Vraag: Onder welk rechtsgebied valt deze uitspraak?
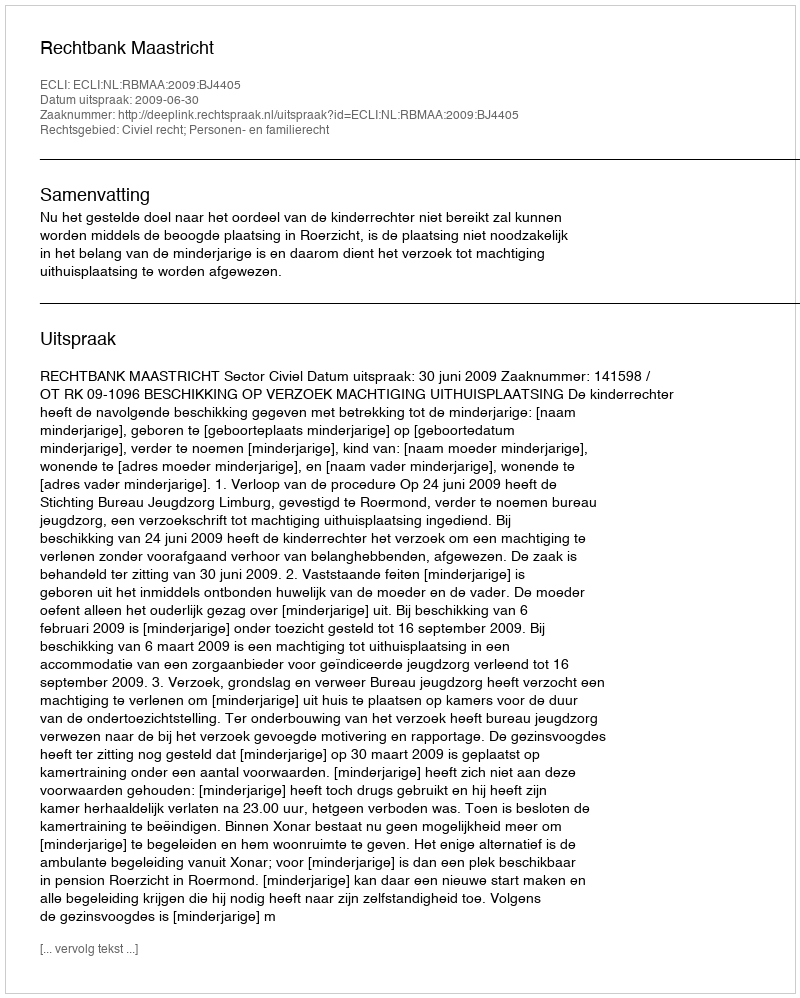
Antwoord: Civiel recht; Personen- en familierecht